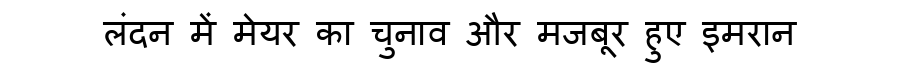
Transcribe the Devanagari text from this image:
लंदन में मेयर का चुनाव और मजबूर हुए इमरान